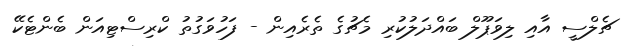
ޗެލްސީ އާއި ލިވަޕޫލް ބައްދަލުކުރި މެޗުގެ ތެރެއިން - ފަހުވަގުތު ކްރިސްޓިއަން ބެންޓެކޭ